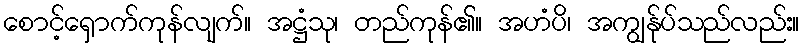
စောင့်ရှောက်ကုန်လျက်။ အဋ္ဌံသု၊ တည်ကုန်၏။ အဟံပိ၊ အကျွန်ုပ်သည်လည်း။